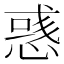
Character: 𢞿